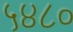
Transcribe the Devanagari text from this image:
५४८०